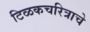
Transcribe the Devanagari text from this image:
टिळकचरित्राचे